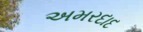
અમરદાદ